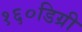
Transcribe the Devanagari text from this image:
१६०डिग्री